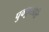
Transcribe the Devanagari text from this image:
पुक्कुसाति